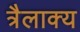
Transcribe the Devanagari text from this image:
त्रैलाक्य